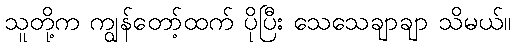
သူတို့က ကျွန်တော့်ထက် ပိုပြီး သေသေချာချာ သိမယ်။